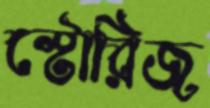
স্টোরিজ